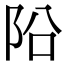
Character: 𨸮